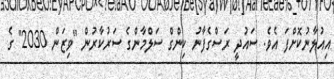
އިއުލާނުކޮށްފަ އެވެ. ސައުދީ ރަސްގެފާނު ކިންގް ސަލްމާންގެ ސަރުކާރުން "ވިޒަން 2030" ގެ